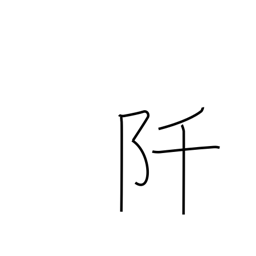
Meaning: thousand